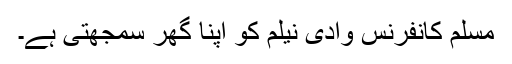
مسلم کانفرنس وادی نیلم کو اپنا گھر سمجھتی ہے۔